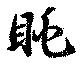
眺